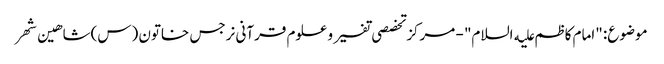
موضوع: "امام کاظم علیه السلام" - مرکز تخصصی تفسیر و علوم قرآنی نرجس خاتون (س)شاهین شهر